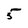
Character: 5